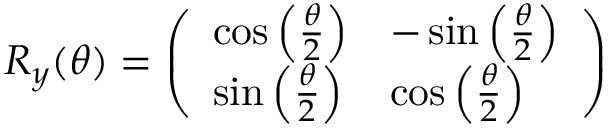
R _ { y } ( \theta ) = \left( \begin{array} { l l } { \cos { \left( \frac { \theta } { 2 } \right) } } & { - \sin { \left( \frac { \theta } { 2 } \right) } } \\ { \sin { \left( \frac { \theta } { 2 } \right) } } & { \cos { \left( \frac { \theta } { 2 } \right) } } \end{array} \right)